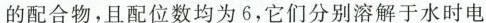
的配合物，且配位数均为6，它们分别溶解于水时电